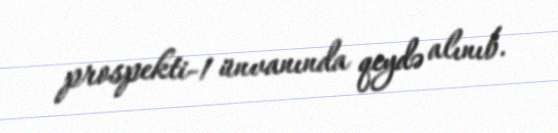
prospekti-1 ünvanında qeydə alınıb.